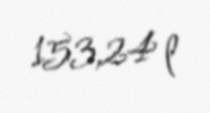
153,24 l